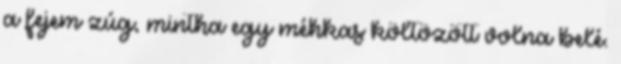
a fejem zúg, mintha egy méhkas költözött volna belé.